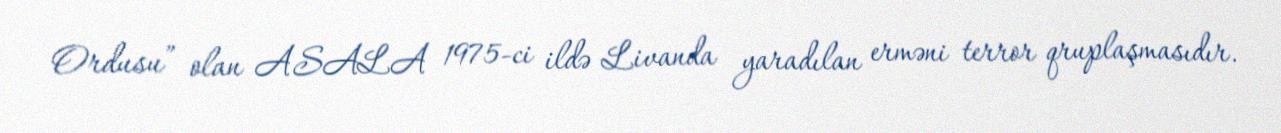
Ordusu” olan ASALA 1975-ci ildə Livanda yaradılan erməni terror qruplaşmasıdır.